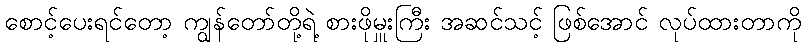
စောင့်ပေးရင်တော့ ကျွန်တော်တို့ရဲ့ စားဖိုမှူးကြီး အဆင်သင့် ဖြစ်အောင် လုပ်ထားတာကို